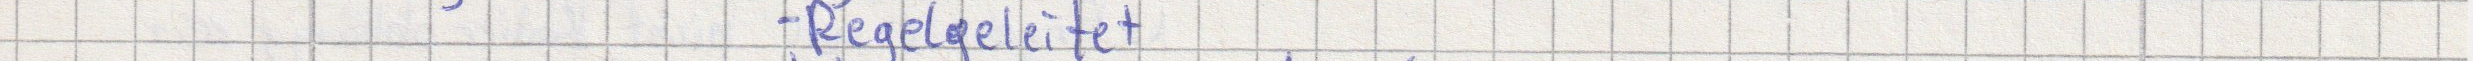
- Regelgeleitet